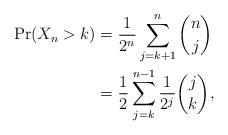
LaTeX: \begin{align*}\begin{aligned}\Pr(X_n > k) &= \frac{1}{2^n}\sum_{j=k+1}^n \binom{n}{j} & \\ &= \frac{1}{2} \sum_{j=k}^{n-1} \frac{1}{2^j}\binom{j}{k}, & \end{aligned}\end{align*}